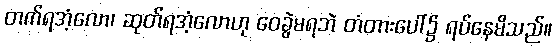
တက်ရအံ့လော၊ ဆုတ်ရအံ့လောဟု ဝေခွဲမရဘဲ တံတားပေါ်၌ ရပ်နေမိသည်။